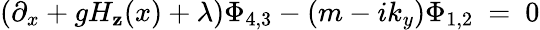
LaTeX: (\partial_{x}+gH_{\mathbf{z}}(x)+\lambda)\Phi_{4,3}-(m-ik_{y})\Phi_{1,2}~=~0